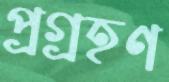
প্রগ্রহণ